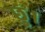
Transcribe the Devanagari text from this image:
छुं।